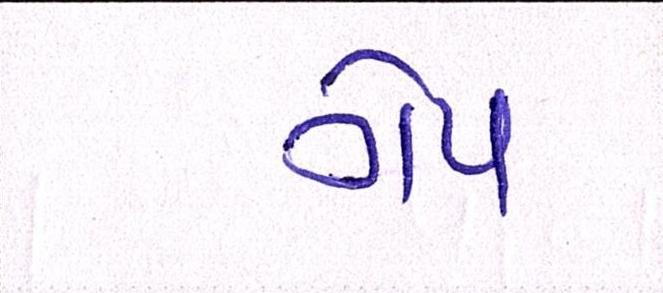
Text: ગેપ